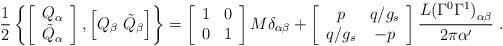
LaTeX: \begin{align*}{1\over2} \left\{ \left[ \begin{array}{c} Q_\alpha \\ \tilde Q_\alpha \end{array}\right] , \left[ Q_\beta\ \tilde Q_\beta \right] \right\}= \left[ \begin{array}{cc} 1&0 \\ 0&1 \end{array} \right] M\delta_{\alpha\beta} +\left[ \begin{array}{cc} p&q/g_s \\ q/g_s&-p \end{array} \right]{{L (\Gamma^0 \Gamma^1)}_{\alpha\beta}\over{2\pi{\alpha^\prime}}}\ .\end{align*}